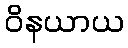
ဝိနယာယ